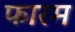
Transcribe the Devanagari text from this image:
फारम